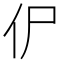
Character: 𰁢